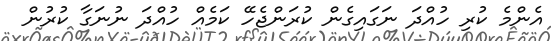
އެންމެ ކުރި ހުއްދަ ނަގައިގެން ކުރަންޖެހޭ ކަމެއް ހުއްދަ ނުނަގާ ކުރުން